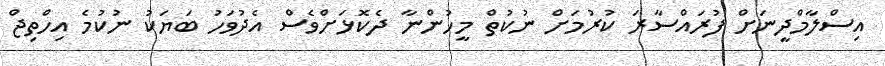
އިސްލާމްދީނަށް ފުރައްސާރަ ކުރުމަށް ނުކުތް މީހުންނާ ދެކޮޅަށްވެސް އެދުވަހު ބަޔަކު ނުކުމެ އިހްތިޖް